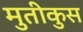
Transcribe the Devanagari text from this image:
मुतीकुस